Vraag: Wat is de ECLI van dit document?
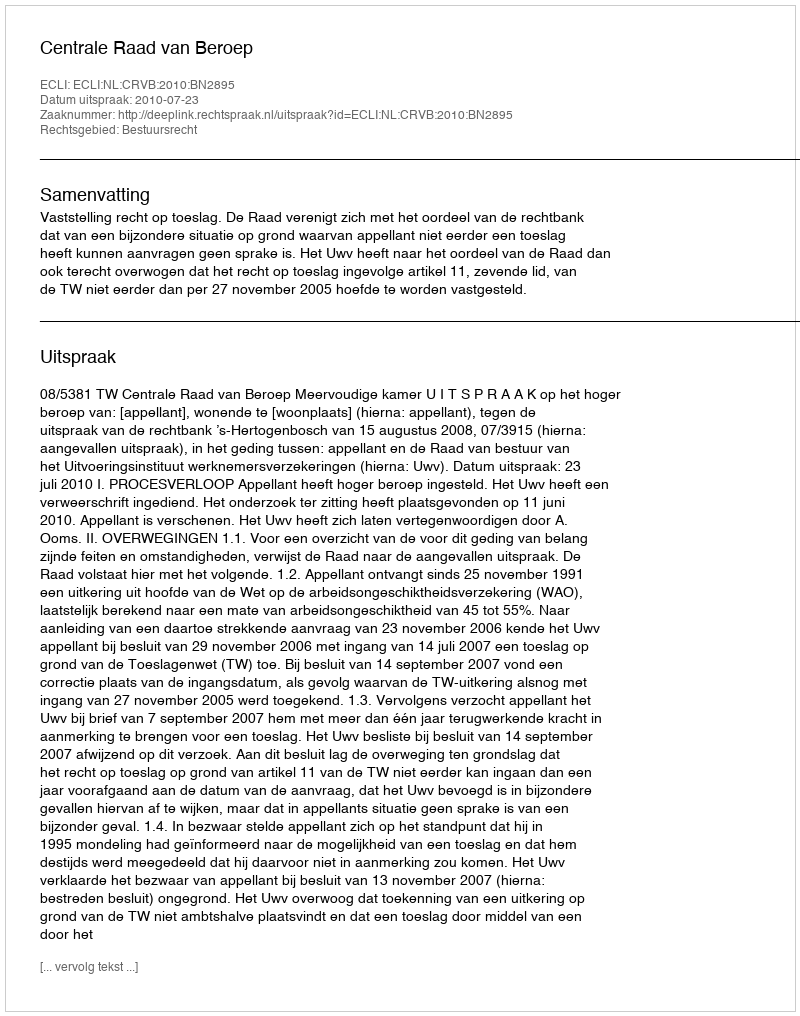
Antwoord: ECLI:NL:CRVB:2010:BN2895